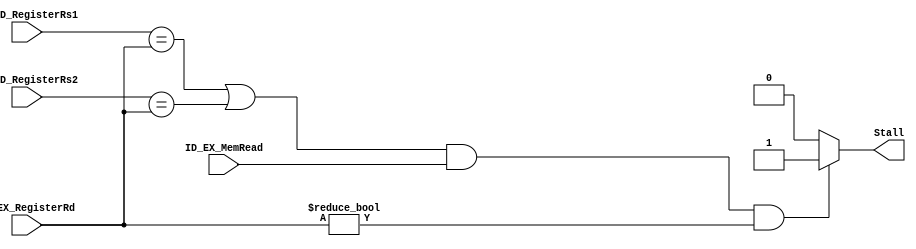
`timescale 1ns / 1ps

/*******************************************************************
*
* Module: Datapath.v
* Project: Pipelined-RISCV
* Author1: Yahya Abbas.
* Author2: Ali Ghazal.
* Author3: Omer Hassan.
* Description: Pipelined RISCV processor with support for RV32IC instructions that map to true 32I instructions
*              and support for the full RV32IM instruction set.
* Change history:
**********************************************************************/

module Hazard_Detection(
    input [4:0] IF_ID_RegisterRs1, 
    input [4:0] IF_ID_RegisterRs2, 
    input [4:0] ID_EX_RegisterRd,
    input ID_EX_MemRead, 
    output Stall);

assign Stall = (((IF_ID_RegisterRs1 == ID_EX_RegisterRd) || (IF_ID_RegisterRs2 == ID_EX_RegisterRd))
    && (ID_EX_MemRead) && (ID_EX_RegisterRd != 0)) ? 1 : 0;
   
endmodule